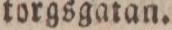
torgsgatan.